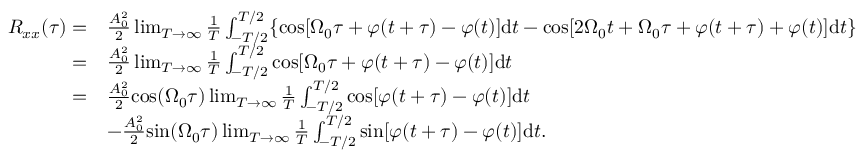
\begin{array} { r l } { R _ { x x } ( \tau ) = } & { \frac { A _ { 0 } ^ { 2 } } { 2 } \operatorname* { l i m } _ { T \rightarrow \infty } \frac { 1 } { T } \int _ { - T / 2 } ^ { T / 2 } \{ \mathrm { c o s } [ \Omega _ { 0 } \tau + \varphi ( t + \tau ) - \varphi ( t ) ] \mathrm { d } t - \mathrm { c o s } [ 2 \Omega _ { 0 } t + \Omega _ { 0 } \tau + \varphi ( t + \tau ) + \varphi ( t ) ] \mathrm { d } t \} } \\ { = } & { \frac { A _ { 0 } ^ { 2 } } { 2 } \operatorname* { l i m } _ { T \rightarrow \infty } \frac { 1 } { T } \int _ { - T / 2 } ^ { T / 2 } \mathrm { c o s } [ \Omega _ { 0 } \tau + \varphi ( t + \tau ) - \varphi ( t ) ] \mathrm { d } t } \\ { = } & { \frac { A _ { 0 } ^ { 2 } } { 2 } \mathrm { c o s } ( \Omega _ { 0 } \tau ) \operatorname* { l i m } _ { T \rightarrow \infty } \frac { 1 } { T } \int _ { - T / 2 } ^ { T / 2 } \mathrm { c o s } [ \varphi ( t + \tau ) - \varphi ( t ) ] \mathrm { d } t } \\ & { - \frac { A _ { 0 } ^ { 2 } } { 2 } \mathrm { s i n } ( \Omega _ { 0 } \tau ) \operatorname* { l i m } _ { T \rightarrow \infty } \frac { 1 } { T } \int _ { - T / 2 } ^ { T / 2 } \mathrm { s i n } [ \varphi ( t + \tau ) - \varphi ( t ) ] \mathrm { d } t \mathrm { . } } \end{array}